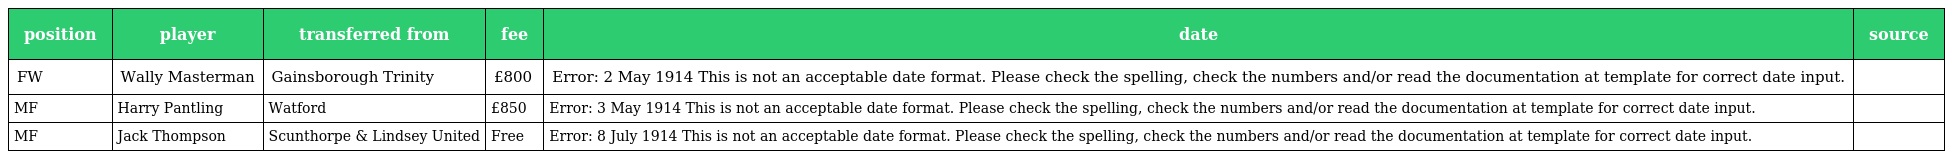
| position | player | transferred from | fee | date | source |
 | --- | --- | --- | --- | --- | --- |
 | FW | Wally Masterman | Gainsborough Trinity | £800 | Error: 2 May 1914 This is not an acceptable date format. Please check the spelling, check the numbers and/or read the documentation at template for correct date input. |  |
 | MF | Harry Pantling | Watford | £850 | Error: 3 May 1914 This is not an acceptable date format. Please check the spelling, check the numbers and/or read the documentation at template for correct date input. |  |
 | MF | Jack Thompson | Scunthorpe & Lindsey United | Free | Error: 8 July 1914 This is not an acceptable date format. Please check the spelling, check the numbers and/or read the documentation at template for correct date input. |  |